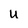
Character: U